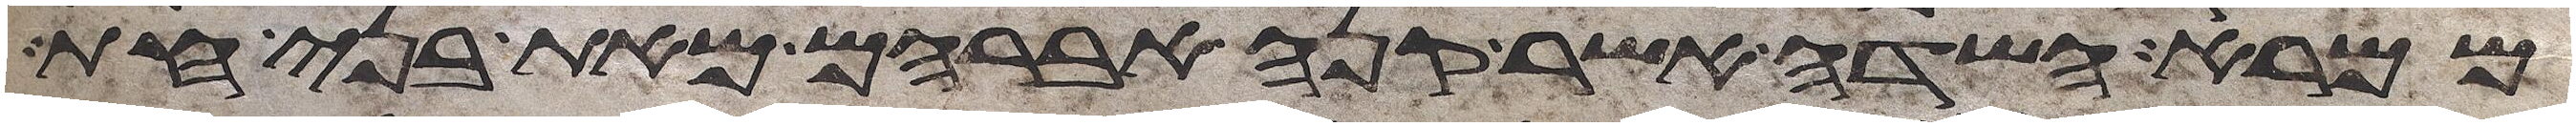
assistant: ממרא השדה אשר קנה אברהם מאת בני חת